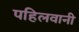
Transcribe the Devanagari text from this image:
पहिलवानी